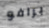
برافو